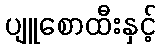
ပျူစောထီးနှင့်